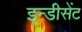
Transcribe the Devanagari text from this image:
इन्डीसेंट